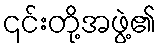
၎င်းတို့အဖွဲ့၏